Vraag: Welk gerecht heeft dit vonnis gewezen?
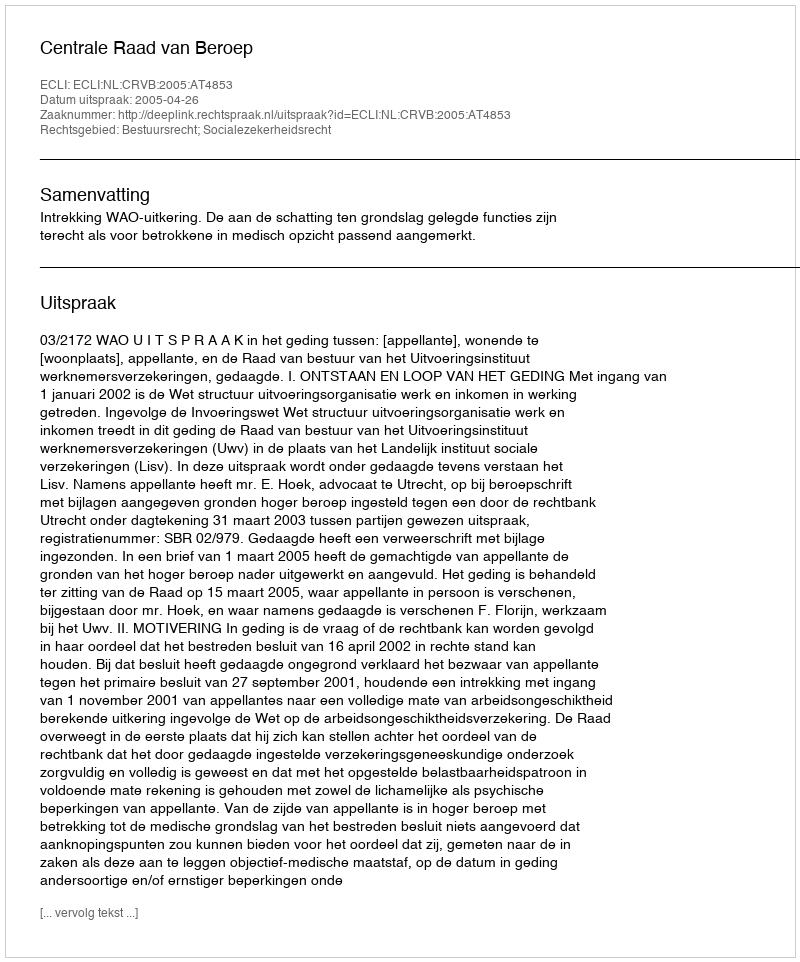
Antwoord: Centrale Raad van Beroep